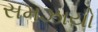
સમઝાયો